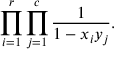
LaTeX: \prod _ { i = 1 } ^ { r } \prod _ { j = 1 } ^ { c } { \frac { 1 } { 1 - x _ { i } y _ { j } } } .